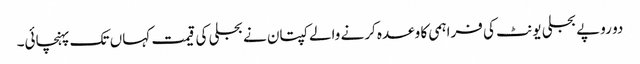
دو روپے بجلی یونٹ کی فراہمی کا وعدہ کرنے والے کپتان نے بجلی کی قیمت کہاں تک پہنچائی۔